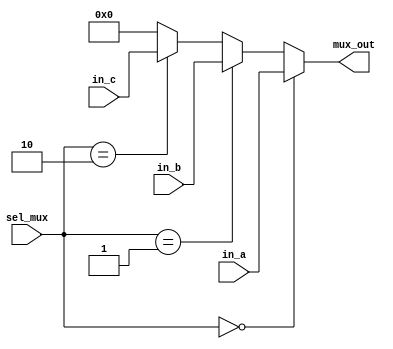
module mux3ch (
	input [7:0] in_a, in_b, in_c,
	input [1:0] sel_mux, 
	output [7:0] mux_out
);
	
assign mux_out = (sel_mux == 2'b00) ? in_a : (sel_mux == 2'b01) ? in_b : (sel_mux == 2'b10) ? in_c : 0 ;
	
endmodule